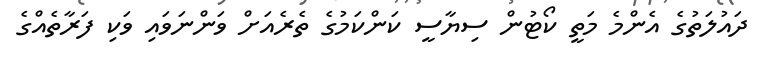
ދައުލަތުގެ އެންމެ މަތީ ކޯޓުން ސިޔާސީ ކަންކަމުގެ ތެރެއަށް ވަންނަވައި ވަކި ފަރާތެއްގެ